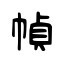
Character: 幀